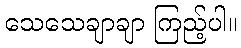
သေသေချာချာ ကြည့်ပါ။